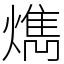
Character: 𤎱